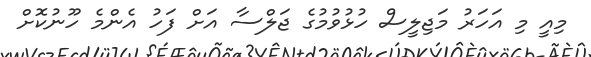
މިއީ މި އަހަރު މަޖިލީސް ހުޅުވުމުގެ ޖަލްސާ އަށް ފަހު އެންމެ ހޫނުކޮށް